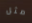
مثل